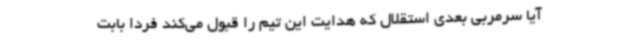
آیا سرمربی بعدی استقلال که هدایت این تیم را قبول می‌کند فردا بابت